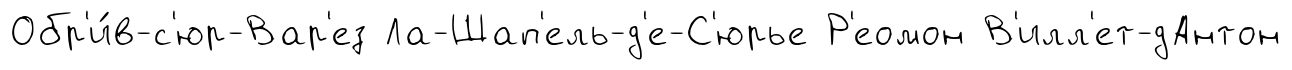
Обр'и́в-с'юр-Вар'ез Ла-Шап'ель-д'е-С'юрье Р'еомон В'илл'ет-дАнтон